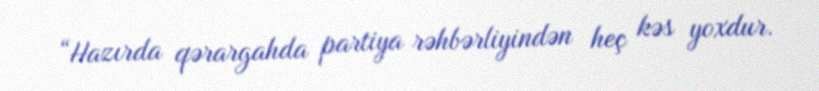
“Hazırda qərargahda partiya rəhbərliyindən heç kəs yoxdur.